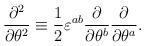
LaTeX: \begin{align*}\frac{\partial^2}{\partial\theta^2}\equiv\frac{1}{2}\varepsilon^{ab} \frac{\partial}{\partial\theta^b}\frac{\partial}{\partial\theta^a}.\end{align*}